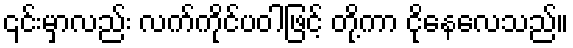
၎င်းမှာလည်း လက်ကိုင်ပဝါဖြင့် တို့ကာ ငိုနေလေသည်။